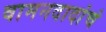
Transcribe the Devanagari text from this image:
वामनदादांचं